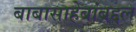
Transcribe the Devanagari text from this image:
बाबासाहेबांबद्दल